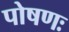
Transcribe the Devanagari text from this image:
पोषणः